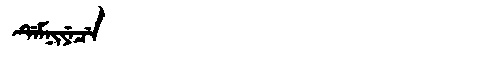
Manchu: ᡩᡝᠮᠨᡳᠶᡝᠴᡝ
Romanization: DEMNIYECE